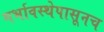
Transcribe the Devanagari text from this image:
गर्भावस्थेपासूनच